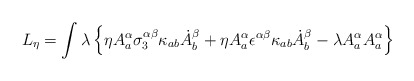
\begin{align*}L_\eta = \int \lambda \left\{\eta A^\alpha_a \sigma^{\alpha\beta}_3 \kappa_{ab}\dot {A}^\beta_b + \eta A^\alpha_a \epsilon^{\alpha\beta}\kappa_{ab}\dot{A}^\beta_b - \lambda A_a^\alpha A_a^\alpha\right\}\end{align*}